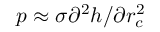
p \approx \sigma \mathrm { { } } { \partial ^ { 2 } } h / \partial r _ { c } ^ { 2 }